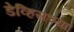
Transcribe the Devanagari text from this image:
डेव्हिसच्या